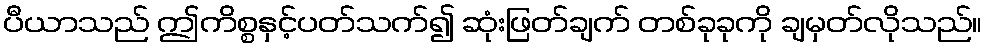
ပီယာသည် ဤကိစ္စနှင့်ပတ်သက်၍ ဆုံးဖြတ်ချက် တစ်ခုခုကို ချမှတ်လိုသည်။